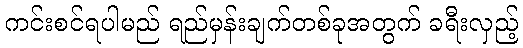
ကင်းစင်ရပါမည် ရည်မှန်းချက်တစ်ခုအတွက် ခရီးလှည့်